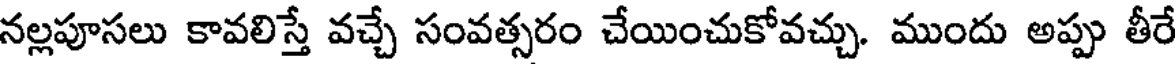
నల్లపూసలు కావలిస్తే వచ్చే సంవత్సరం చేయించుకోవచ్చు. ముందు అప్పు తీరే